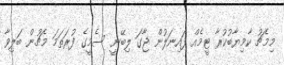
މިމެޗު ކާމިޔާބުކުރާ ޓީމެއް ފައިނަލުން ޖާގަ ލިބޭނީ ސެމީގެ ފުރަތަމަ މެޗުން ބަލިވާ